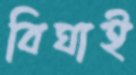
বিঘাই